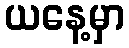
ယနေ့မှာ